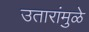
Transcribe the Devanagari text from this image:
उतारांमुळे